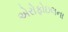
એરોફોઇલના